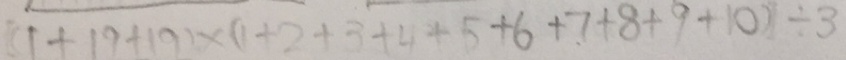
( 1 + 1 9 + 1 9 ) \times ( 1 + 2 + 3 + 4 + 5 + 6 + 7 + 8 + 9 + 1 0 ) \div 3